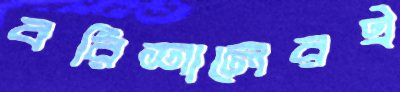
বরিশালেরই